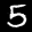
Label: 5